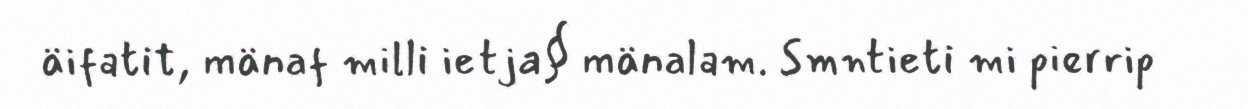
äifatit, mänaf milli ietja§ mänalam. Smntieti mi pierrip